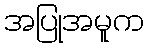
အပြုအမူက